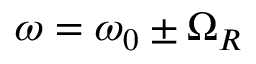
\omega = \omega _ { 0 } \pm \Omega _ { R }